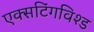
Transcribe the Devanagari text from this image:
एक्सटिंगविश्ड